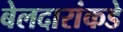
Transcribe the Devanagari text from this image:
बेलदारांकडे